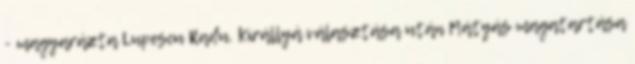
- magyarázta Lupescu Radu. Királlyá választása után Mátyás magatartása